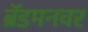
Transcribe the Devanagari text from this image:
ब्रॅडमनवर